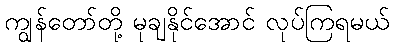
ကျွန်တော်တို့ မုချနိုင်အောင် လုပ်ကြရမယ်